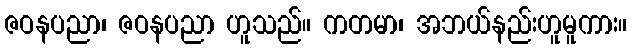
ဇဝနပညာ၊ ဇဝနပညာ ဟူသည်။ ကတမာ၊ အဘယ်နည်းဟူမူကား။